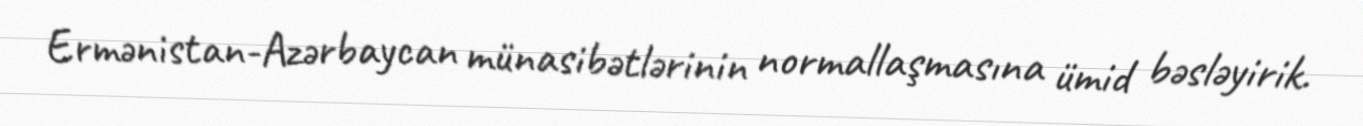
Ermənistan-Azərbaycan münasibətlərinin normallaşmasına ümid bəsləyirik.